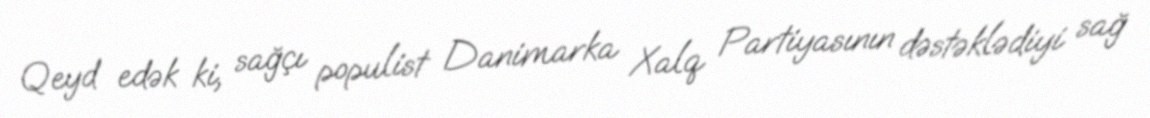
Qeyd edək ki, sağçı populist Danimarka Xalq Partiyasının dəstəklədiyi sağ